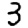
Digit: 3